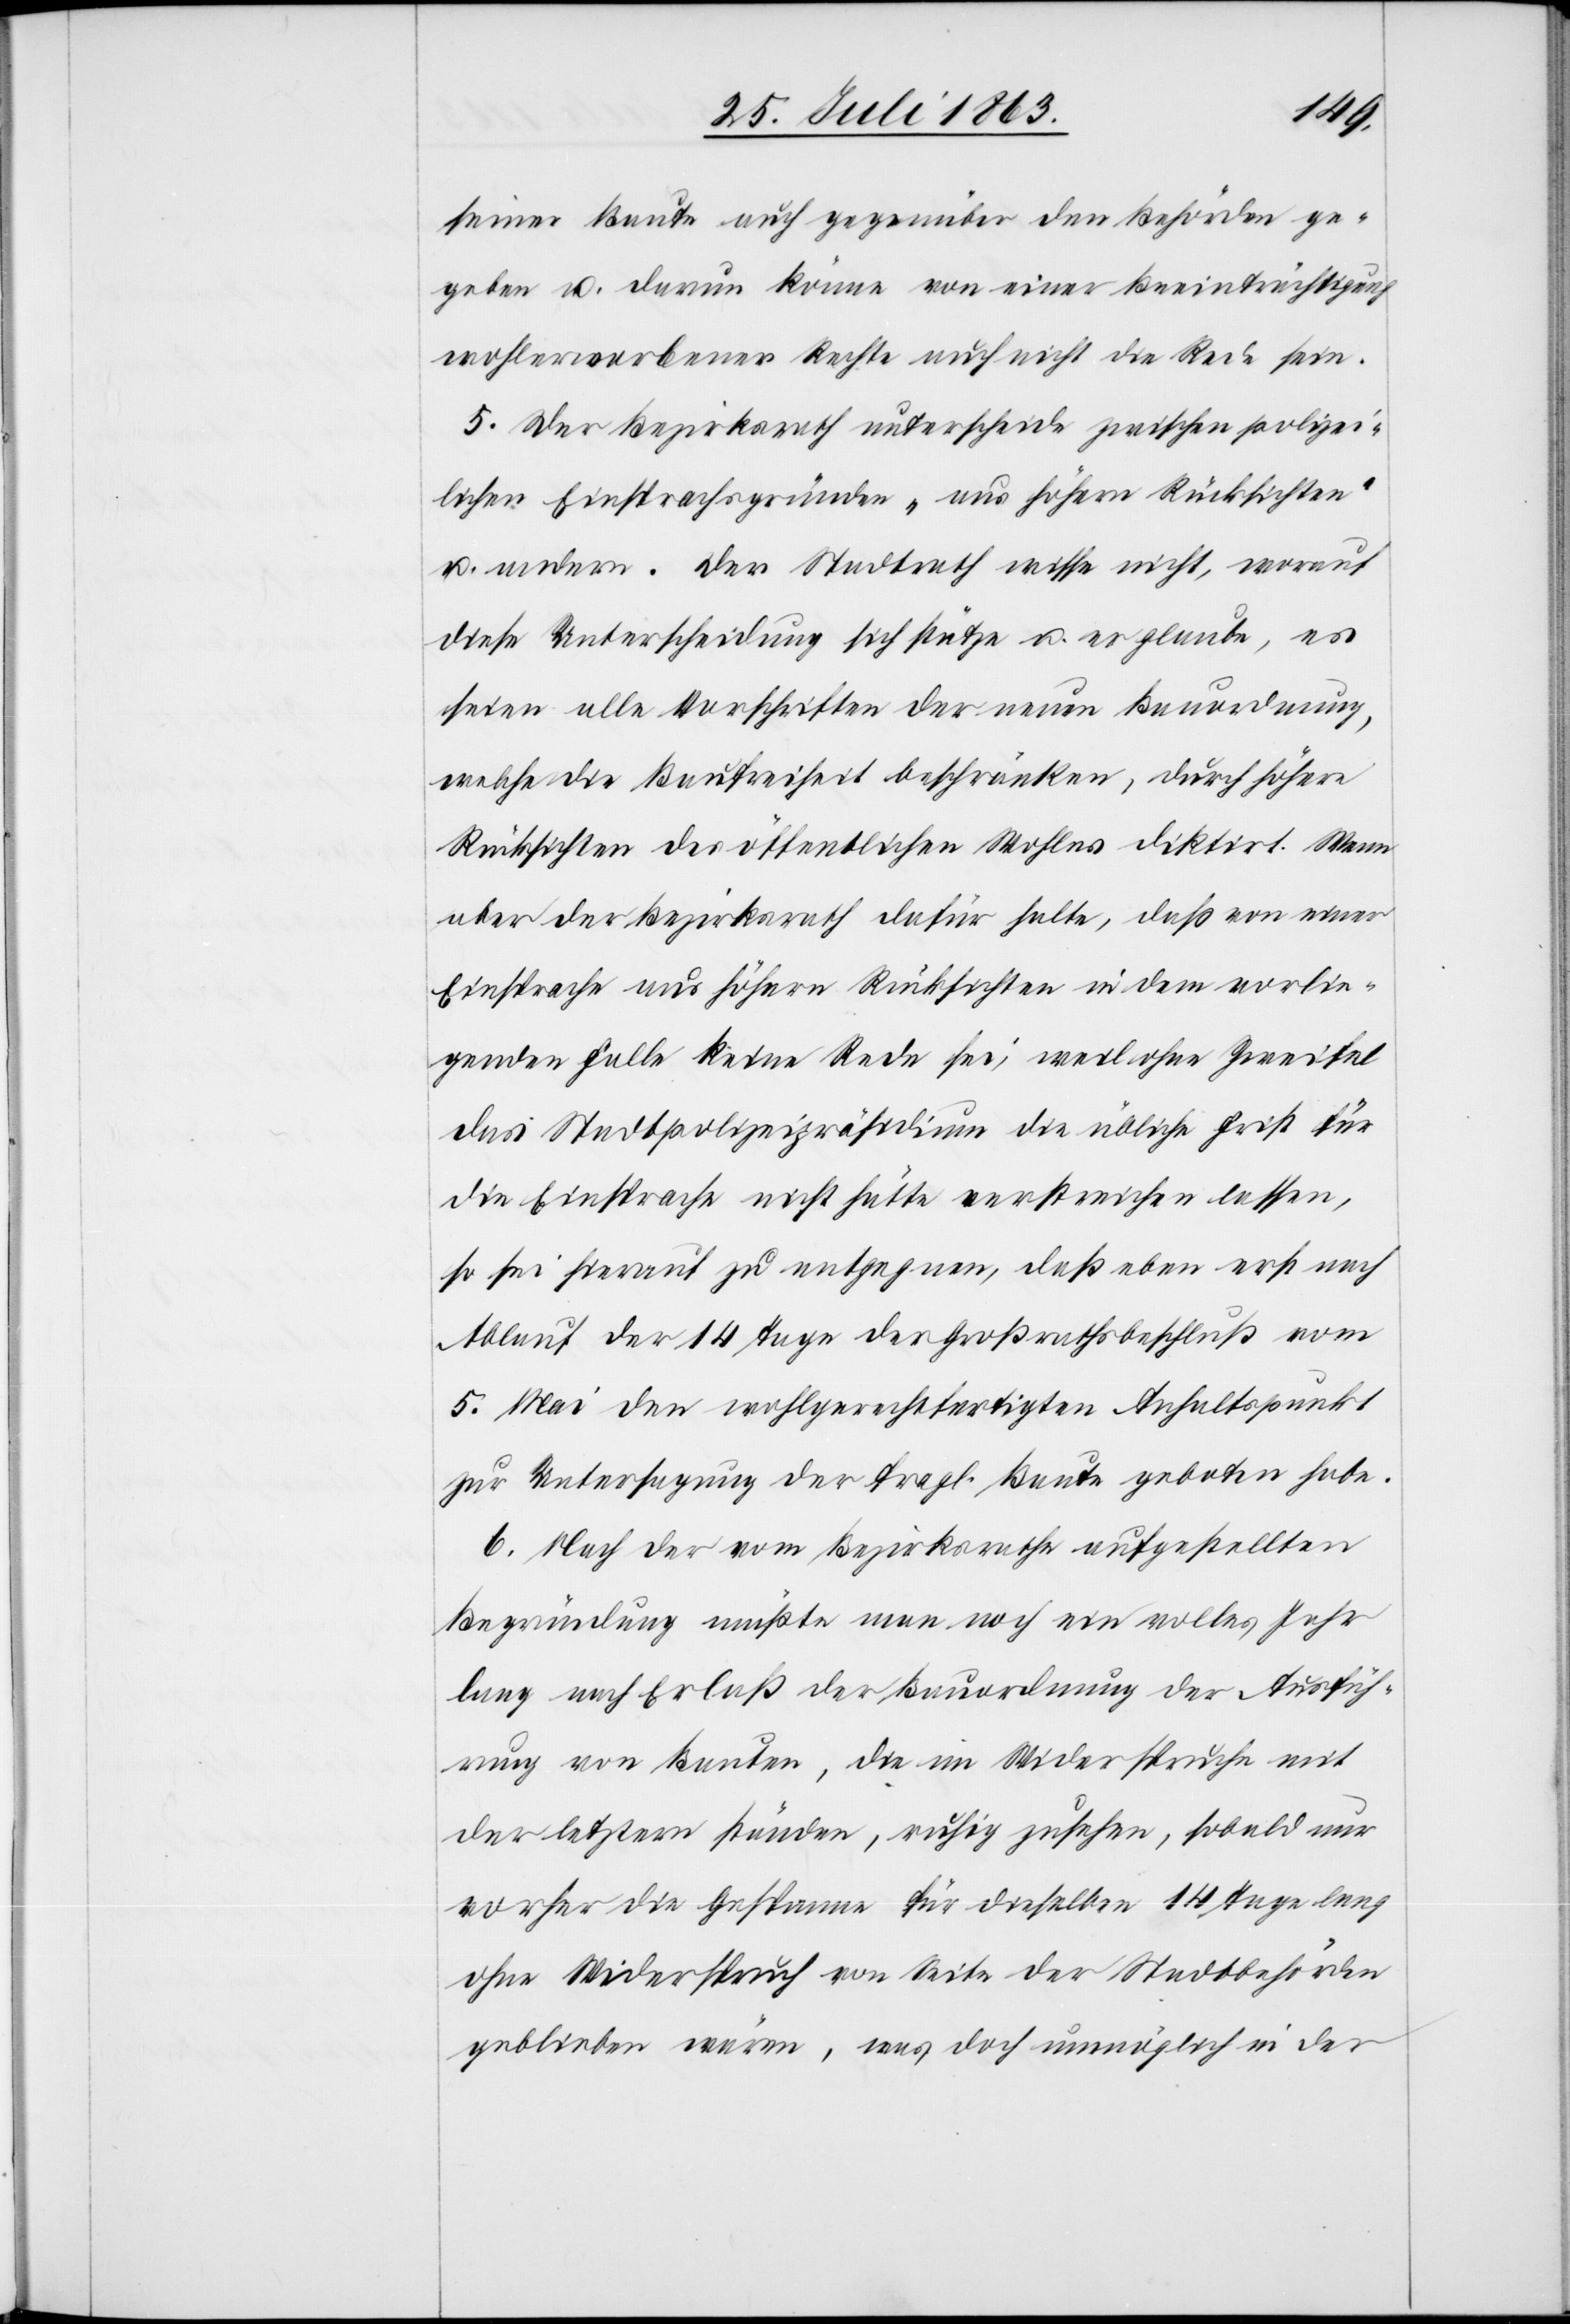
seiner Baute auch gegenüber den Behörden ge¬
geben u. darum könne von einer Beeinträchtigung
wohlerworbener Rechte auch nicht die Rede sein.
5. Der Bezirksrath unterscheide zwischen polizei¬
lichen Einsprachsgründen „aus höhern Rücksichten“
u. andern. Der Stadtrath wisse nicht, worauf
diese Unterscheidung sich stütze u. er glaube, es
seien alle Vorschriften der neuen Bauordnung,
welche die Baufreiheit beschränken, durch höhere
Rücksichten des öffentlichen Wohles diktirt. Wenn
aber der Bezirksrath dafür halte, daß von einer
Einsprache aus höhern Rücksichten in dem vorlie¬
genden Falle keine Rede sei, weil ohne Zweifel
das Stadtpolizeipräsidium die übliche Frist für
die Einsprache nicht hätte verstreichen lassen,
so sei hierauf zu entgegnen, daß eben erst nach
Ablauf der 14 Tage der Großrathsbeschluß vom
5. Mai den wohlgerechtfertigten Anhaltspunkt
zur Untersagung der fragl. Baute geboten habe.
6. Nach der vom Bezirksrathe aufgestellten
Begründung müßte man noch ein volles Jahr
lang nach Erlaß der Bauordnung der Ausfüh¬
rung von Bauten, die im Widerspruche mit
der letztern ständen, ruhig zusehen, sobald nur
vorher die Gespanne für dieselben 14 Tage lang
ohne Widerspruch von Seite der Stadtbehörden
geblieben wären, was doch unmöglich in der